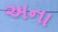
અના